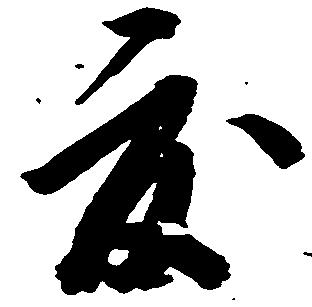
度